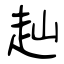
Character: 赸